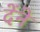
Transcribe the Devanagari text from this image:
देंने